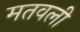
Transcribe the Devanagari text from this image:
मतवली